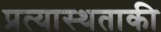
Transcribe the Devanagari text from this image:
प्रत्यास्थताकी